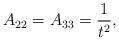
LaTeX: \begin{align*}A_{22}=A_{33}=\dfrac{1}{t^2},\end{align*}